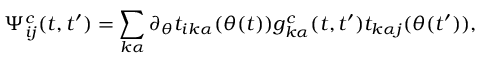
\Psi _ { i j } ^ { c } ( t , t ^ { \prime } ) = \sum _ { k \alpha } \partial _ { \theta } t _ { i k \alpha } ( \theta ( t ) ) g _ { k \alpha } ^ { c } ( t , t ^ { \prime } ) t _ { k \alpha j } ( \theta ( t ^ { \prime } ) ) ,